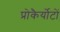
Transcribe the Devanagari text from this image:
प्रोकैर्योटों